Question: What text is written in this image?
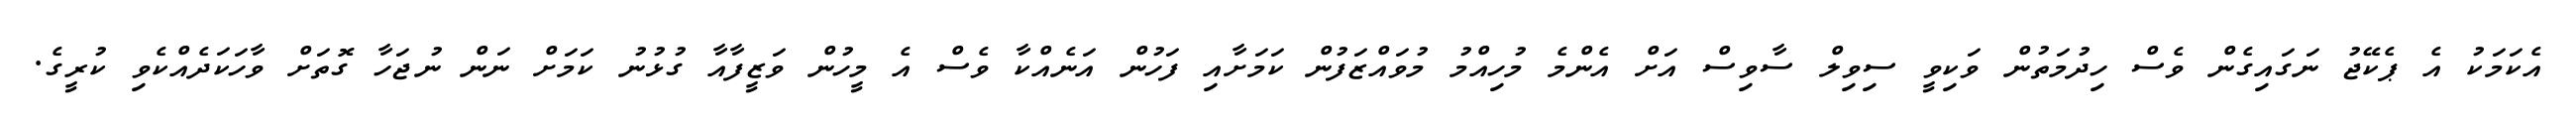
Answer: އެކަމަކު އެ ޕެކޭޖު ނަގައިގެން ވެސް ހިދުމަތުން ވަކިވީ ސިވިލް ސާވިސް އަށް އެންމެ މުހިއްމު މުވައްޒަފުން ކަމަށާއި ފަހުން އަނެއްކާ ވެސް އެ މީހުން ވަޒީފާއާ ގުޅުނު ކަމަށް ނަން ނުޖަހާ ގޮތަށް ވާހަކަދެއްކެވި ކުރީގެ.